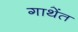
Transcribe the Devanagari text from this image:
गाथेंत